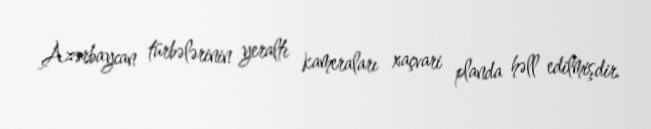
Azərbaycan türbələrinin yeraltı kameraları xaçvari planda həll edilmişdir.